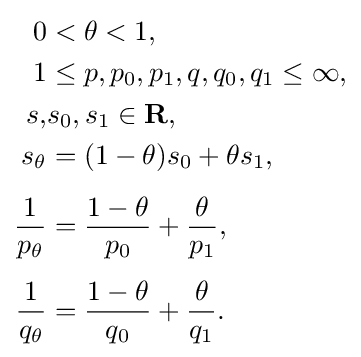
{\begin{aligned}0&<\theta <1,\\1&\leq p,p_{0},p_{1},q,q_{0},q_{1}\leq \infty ,\\s,&s_{0},s_{1}\in \mathbf {R} ,\\s_{\theta }&=(1-\theta )s_{0}+\theta s_{1},\\[4pt]{\frac {1}{p_{\theta }}}&={\frac {1-\theta }{p_{0}}}+{\frac {\theta }{p_{1}}},\\[4pt]{\frac {1}{q_{\theta }}}&={\frac {1-\theta }{q_{0}}}+{\frac {\theta }{q_{1}}}.\end{aligned}}